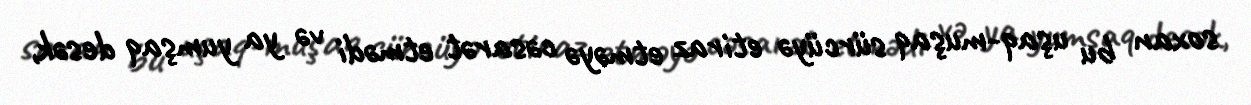
soxan bu uşaq-muşaq sürcüyə etiraz etməyə cəsarət etmədi və ya yumşaq desək,